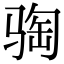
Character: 𫘦